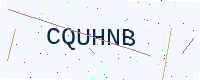
Text: CQUHNB